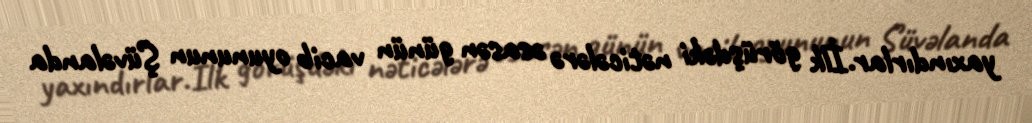
yaxındırlar.İlk görüşdəki nəticələrə əsasən günün vacib oyununun Şüvəlanda